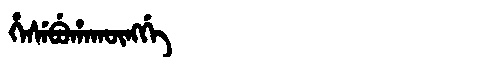
Manchu: ᡥᡝᠰᡝᠪᡠᡥᠠᡴᡡᠩᡤᡝ
Romanization: HESEBUHAKŪNGGE